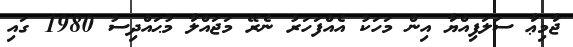
ޖާމިޢާ ސަލަފިއްޔާ އިން މަހަކު އެއްފަހަރު ނެރޭ މަޖައްލާ މުޙައްދިސު 1980 ގައި